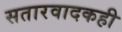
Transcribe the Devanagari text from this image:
सतारवादकही